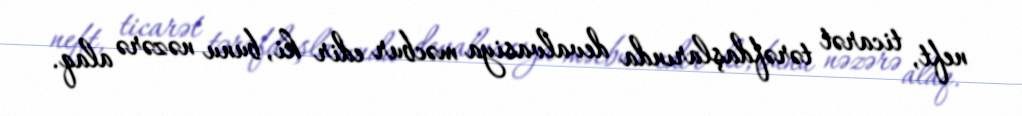
neft, ticarət tərəfdaşlarında devalvasiya məcbur edir ki, bunu nəzərə alaq.